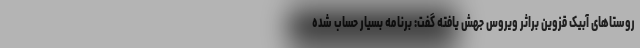
روستاهای آبیک قزوین براثر ویروس جهش یافته گفت: برنامه بسیار حساب شده